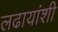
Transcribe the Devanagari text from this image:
लढायांशी